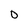
Character: 0